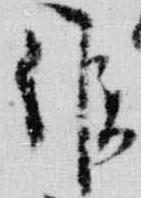
候